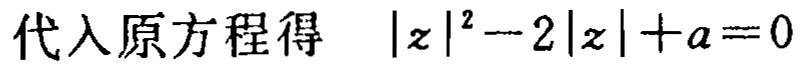
代入原方程得 \(|z|^{2}-2|z| + a = 0\)